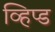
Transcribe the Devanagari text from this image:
व्हिप्ड